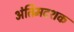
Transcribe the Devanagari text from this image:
अंतिमदशक